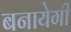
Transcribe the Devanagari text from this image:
बनायेगी